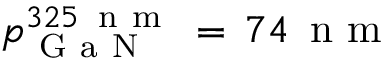
p _ { \mathrm { ~ G ~ a ~ N ~ } } ^ { 3 2 5 \, \mathrm { ~ n ~ m ~ } } \, = \, 7 4 \, \mathrm { ~ n ~ m ~ }